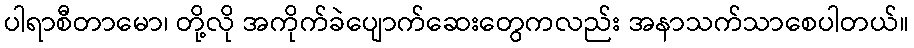
ပါရာစီတာမော၊ တို့လို အကိုက်ခဲပျောက်ဆေးတွေကလည်း အနာသက်သာစေပါတယ်။